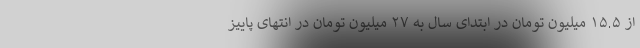
از ۱۵.۵ میلیون تومان در ابتدای سال به ۲۷ میلیون تومان در انتهای پاییز